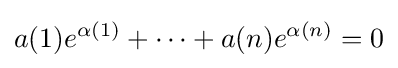
a(1)e^{\alpha (1)}+\cdots +a(n)e^{\alpha (n)}=0